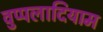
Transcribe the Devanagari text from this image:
वुप्पलादियाम